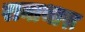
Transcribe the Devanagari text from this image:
रानाथारू